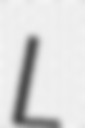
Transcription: L